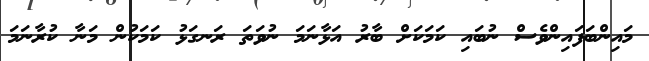
މައިންބަފައިންވެސް ނުބައި ކަމަކަށް ބާރު އަޅާނަމަ ނުވަތަ ރަނގަޅު ކަމަކުން މަނާ ކުރާނަމަ